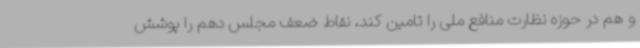
و هم در حوزه نظارت منافع ملی را تامین کند، نقاط ضعف مجلس دهم را پوشش